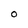
Character: 0